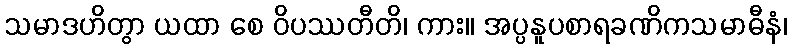
သမာဒဟိတွာ ယထာ စေ ဝိပဿတီတိ၊ ကား။ အပ္ပနူပစာရခဏိကသမာဓီနံ၊